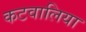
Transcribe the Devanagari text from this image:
कटवालिया